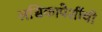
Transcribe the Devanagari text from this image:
लसिकापेशींची